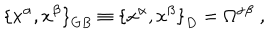
{ \{ x ^ { \alpha } , x ^ { \beta } \} } _ { G B } \equiv { \{ x ^ { \alpha } , x ^ { \beta } \} } _ { D } = \Omega ^ { \alpha \beta } \; ,